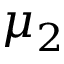
\mu _ { 2 }